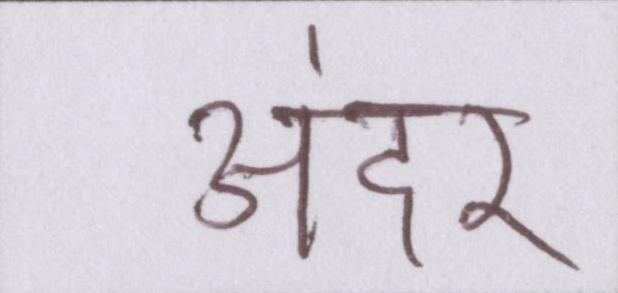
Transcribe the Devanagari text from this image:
अंदर